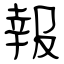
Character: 報